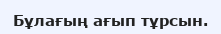
Бұлағың ағып тұрсын.